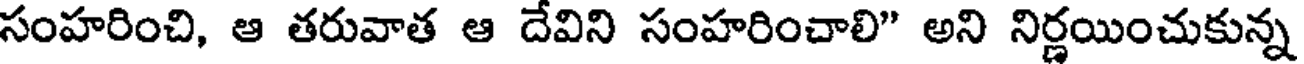
సంహరించి, ఆ తరువాత ఆ దేవిని సంహరించాలి" అని నిర్ణయించుకున్న